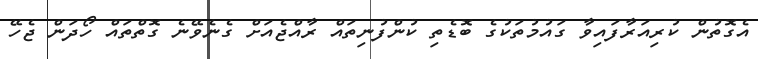
އެގޮތުން ކުރިއަރާފައިވާ ގައުމުތަކުގެ ބޮޑެތި ކުންފުނިތައް ރާއްޖެއަށް ގެނެވޭނެ ގޮތްތައް ހޯދަން ޖެހޭ